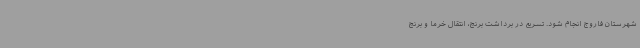
شهرستان فاروج انجام شود. تسریع در برداشت برنج، انتقال خرما و برنج